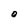
Character: O